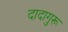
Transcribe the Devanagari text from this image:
दादागुरू